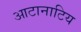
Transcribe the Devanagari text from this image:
आटानाटिय